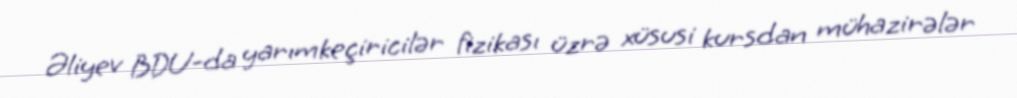
Əliyev BDU-da yarımkeçiricilər fizikası üzrə xüsusi kursdan mühazirələr